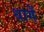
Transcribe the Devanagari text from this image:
धागें